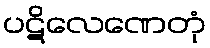
ပဋိလေဏေတုံ